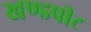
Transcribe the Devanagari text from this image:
खण्डपीट